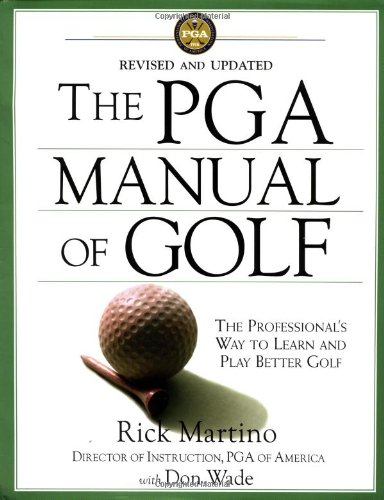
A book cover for The PGA Manual of Golf: The Professional's Way to Learn and Play Better Golf; Rick Martino; Sports & Outdoors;